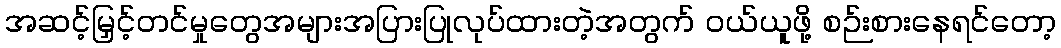
အဆင့်မြှင့်တင်မှုတွေအများအပြားပြုလုပ်ထားတဲ့အတွက် ဝယ်ယူဖို့ စဉ်းစားနေရင်တော့